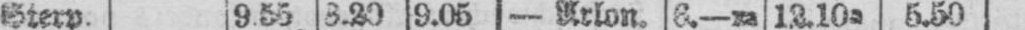
Sterp. 9.55 3.20 9.05 - Arlon. 6.-m 12.10a 5.50